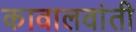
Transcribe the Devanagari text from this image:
कावालवांती